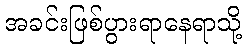
အခင်းဖြစ်ပွားရာနေရာသို့